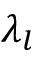
\lambda _ { l }